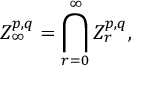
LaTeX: Z _ { \infty } ^ { p , q } = \bigcap _ { r = 0 } ^ { \infty } Z _ { r } ^ { p , q } ,